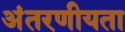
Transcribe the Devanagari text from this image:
अंतरणीयता